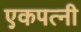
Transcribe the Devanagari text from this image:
एकपत्नी